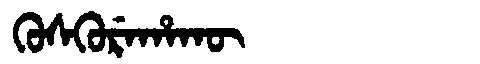
Manchu: ᡴᡠᠰᡴᡠᡵᡝᡥᠠᡴᡡ
Romanization: KUSKUREHAKŪ